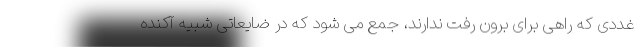
غددی که راهی برای برون رفت ندارند، جمع می شود که در ضایعاتی شبیه آکنده